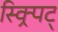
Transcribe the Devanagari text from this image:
स्क्र्पिट्